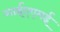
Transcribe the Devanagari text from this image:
आईएएमई